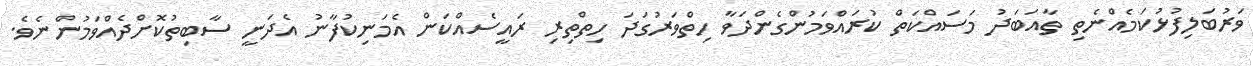
ވަރުބަލިފުޅުކަމެއްނެތި ތާއަބަދު މަސައްކަތް ކުރައްވަމުންގެންދަވާ ހިތްވަރުގަދަ ހިތްތިރި ރައީސެއްކަން އެމަނިކުފާނު އެދަނީ ސާބިތުކޮށްދެއްވަމުންނެވެ.